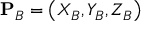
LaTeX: \mathbf { P } _ { B } = \left( X _ { B } , Y _ { B } , Z _ { B } \right)